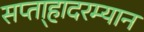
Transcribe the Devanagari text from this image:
सप्ता्हादरम्यान